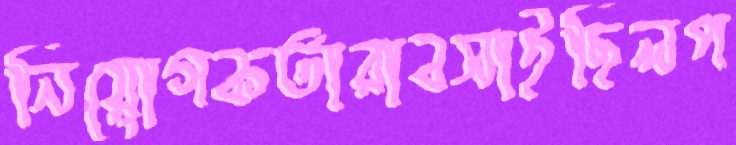
নিয়োগকর্তারাবসাইছিলপ